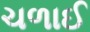
ચળાઈ